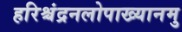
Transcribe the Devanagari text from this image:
हरिश्चंद्रनलोपाख्यानमु